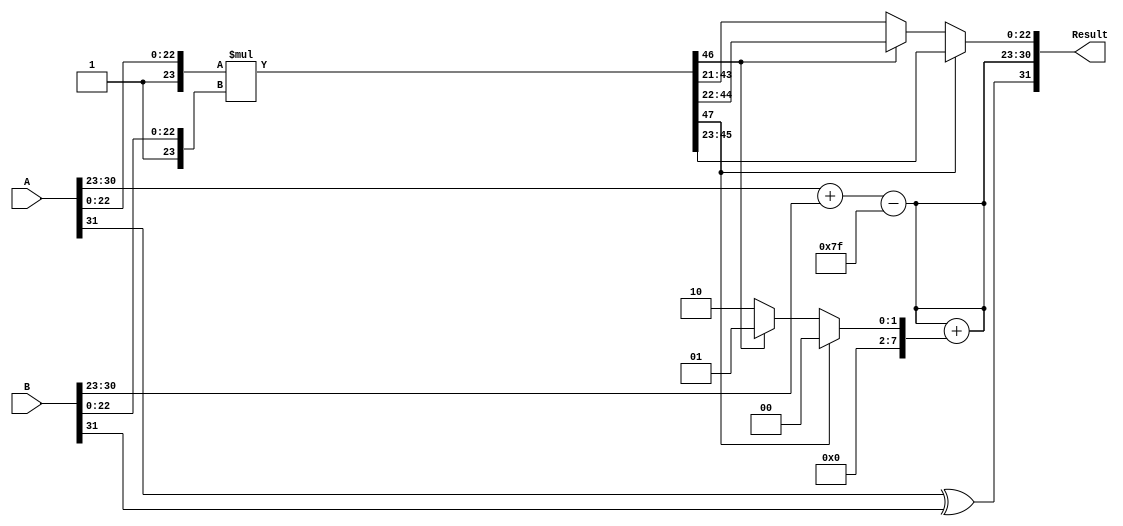
module floating_point_multiplier (
    input  wire [31:0] A, // First floating-point input
    input  wire [31:0] B, // Second floating-point input
    output reg  [31:0] Result // Output floating-point result
);

    // Internal signals for components
    wire S_A, S_B; // Sign bits
    wire [7:0] E_A, E_B; // Exponents
    wire [22:0] M_A, M_B; // Mantissas (without implicit leading 1)
    wire [23:0] M_A_ext, M_B_ext; // Extended mantissas with implicit leading 1
    wire [47:0] M_R; // Resulting mantissa (48 bits)
    reg [7:0] E_R; // Result exponent
    reg S_R; // Result sign
    reg [23:0] M_R_normalized; // Normalized mantissa
    reg [7:0] exponent_adjustment; // Adjustment for normalization

    // Extract components
    assign S_A = A[31];
    assign S_B = B[31];
    assign E_A = A[30:23];
    assign E_B = B[30:23];
    assign M_A = A[22:0];
    assign M_B = B[22:0];

    // Extend mantissas with implicit leading 1
    assign M_A_ext = {1'b1, M_A}; // 24 bits
    assign M_B_ext = {1'b1, M_B}; // 24 bits

    // Calculate sign of result
    assign S_R = S_A ^ S_B;

    // Calculate exponent of result
    always @(*) begin
        E_R = E_A + E_B - 8'd127; // Subtract bias
    end

    // Calculate mantissa of result
    assign M_R = M_A_ext * M_B_ext; // 48 bits

    // Normalize result
    always @(*) begin
        if (M_R[47]) begin
            // If leading bit is 1, no shift needed
            M_R_normalized = M_R[46:23]; // Take the top 23 bits
            exponent_adjustment = 8'd0; // No adjustment needed
        end else begin
            // Shift right until leading bit is 1
            M_R_normalized = M_R[45:22]; // Initial shift
            exponent_adjustment = 8'd1; // Initial adjustment
            // Check for additional shifts
            if (!M_R[46]) begin
                M_R_normalized = M_R[44:21]; // Second shift
                exponent_adjustment = 8'd2; // Adjust exponent
            end
            // Continue shifting if necessary (up to 23 shifts)
            // This is a simplified version; in practice, you would use a loop or a more complex logic
        end
        E_R = E_R + exponent_adjustment; // Adjust exponent based on shifts
    end

    // Assemble result
    always @(*) begin
        Result = {S_R, E_R, M_R_normalized[22:0]}; // Combine sign, exponent, and mantissa
    end

endmodule